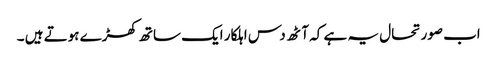
اب صورتحال یہ ہے کہ آٹھ دس اہلکار ایک ساتھ کھڑے ہوتے ہیں ۔